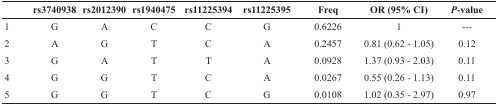
<table><thead><tr><td></td><td><b>rs3740938</b></td><td><b>rs2012390</b></td><td><b>rs1940475</b></td><td><b>rs11225394</b></td><td><b>rs11225395</b></td><td><b>Freq</b></td><td><b>OR (95% CI)</b></td><td><b><i>P</i>-value</b></td></tr></thead><tbody><tr><td>1</td><td>G</td><td>A</td><td>C</td><td>C</td><td>G</td><td>0.6226</td><td>1</td><td>---</td></tr><tr><td>2</td><td>A</td><td>G</td><td>T</td><td>C</td><td>A</td><td>0.2457</td><td>0.81 (0.62 - 1.05)</td><td>0.12</td></tr><tr><td>3</td><td>G</td><td>A</td><td>T</td><td>T</td><td>A</td><td>0.0928</td><td>1.37 (0.93 - 2.03)</td><td>0.11</td></tr><tr><td>4</td><td>G</td><td>G</td><td>T</td><td>C</td><td>A</td><td>0.0267</td><td>0.55 (0.26 - 1.13)</td><td>0.11</td></tr><tr><td>5</td><td>G</td><td>G</td><td>T</td><td>C</td><td>G</td><td>0.0108</td><td>1.02 (0.35 - 2.97)</td><td>0.97</td></tr></tbody></table>